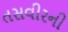
તસવીરની